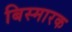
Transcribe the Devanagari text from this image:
बिस्मारक